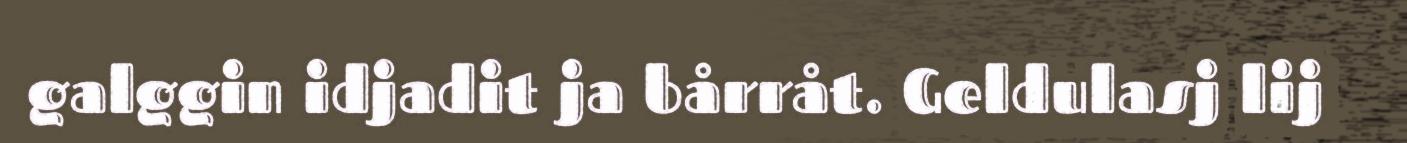
galggin idjadit ja bårråt. Geldulasj lij